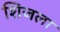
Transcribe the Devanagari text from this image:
शिजला